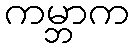
ကမ္ဘာက